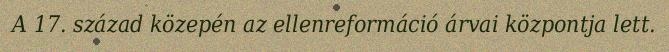
A 17. század közepén az ellenreformáció árvai központja lett.